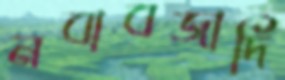
নবাবজাদি